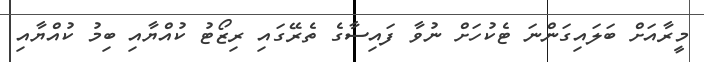
މީރާއަށް ބަލައިގަންނަ ޓެކުހަށް ނުވާ ފައިސާގެ ތެރޭގައި ރިޒޯޓު ކުއްޔާއި ބިމު ކުއްޔާއި